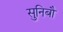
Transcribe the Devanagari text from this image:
सुनिबौ